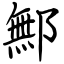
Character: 鄦